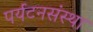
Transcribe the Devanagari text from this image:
पर्यटनसंस्था